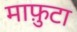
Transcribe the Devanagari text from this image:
माफ़ुटा